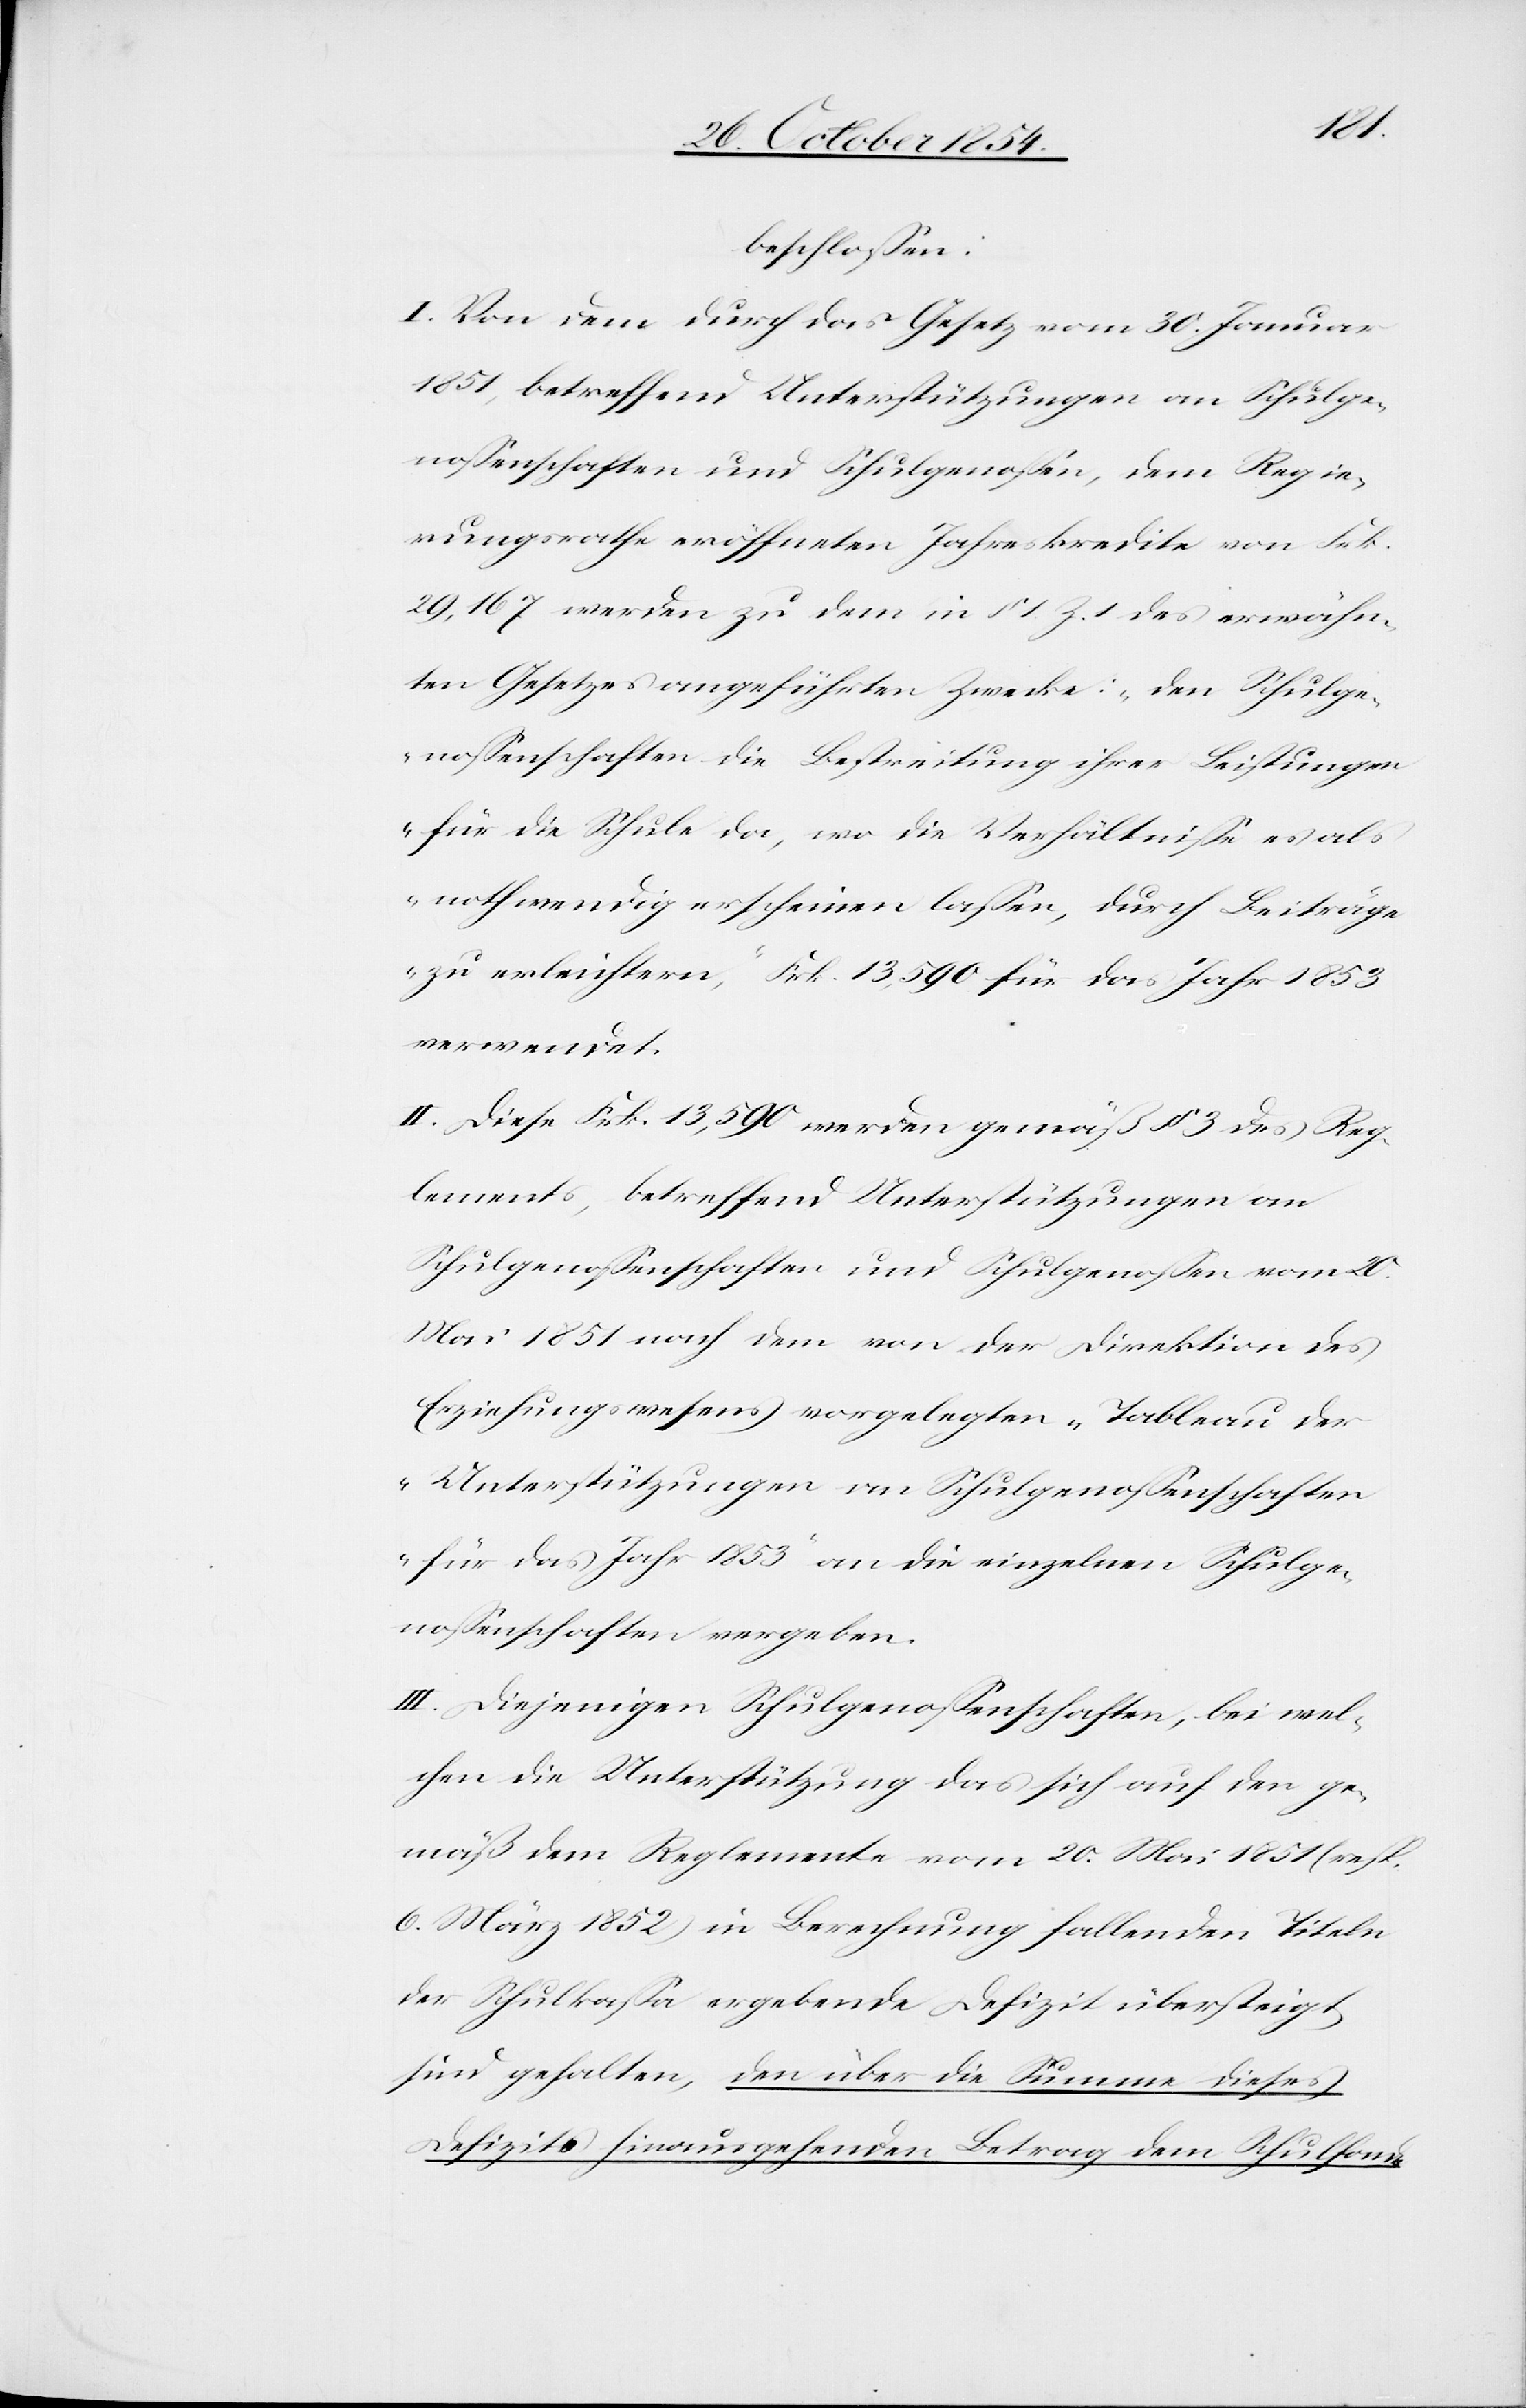
beschloßen:
I. Von dem durch das Gesetz vom 30. Januar
1851, betreffend Unterstützungen an Schulge¬
noßenschaften und Schulgenoßen, dem Regie¬
rungsrathe eröffneten Jahreskredite von Frk.
29,167 werden zu dem in § 1 Z. 1 des erwähn¬
ten Gesetzes angeführten Zwecke: „den Schulge¬
noßenschaften die Bestreitung ihrer Leistungen
für die Schule da, wo die Verhältniße es als
nothwendig erscheinen laßen, durch Beiträge
zu erleichtern“, Frk. 13,590 für das Jahr 1853
verwendet.
II. Diese Frk. 13,590 werden gemäß § 3 des Reg¬
lements, betreffend Unterstützungen an
Schulgenoßenschaften und Schulgenoßen vom 20.
Mai 1851 nach dem von der Direktion des
Erziehungswesens vorgelegten „Tableau der
Unterstützungen von Schulgenoßenschaften
für das Jahr 1853“ an die einzelnen Schulge¬
noßenschaften vergeben.
III. Diejenigen Schulgenoßenschaften, bei wel¬
chen die Unterstützung das sich auf den ge¬
mäß dem Reglemente vom 20. Mai 1851 (resp.
6. März 1852) in Berechnung fallenden Titeln
der Schulkaßa ergebende Defizit übersteigt
sind gehalten, den über die Summe dieses
Defizits hinausgehenden Betrag dem Schulfonde